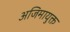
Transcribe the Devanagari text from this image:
अजिमायुक्त